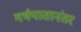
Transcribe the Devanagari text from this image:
गर्भपातानंतर